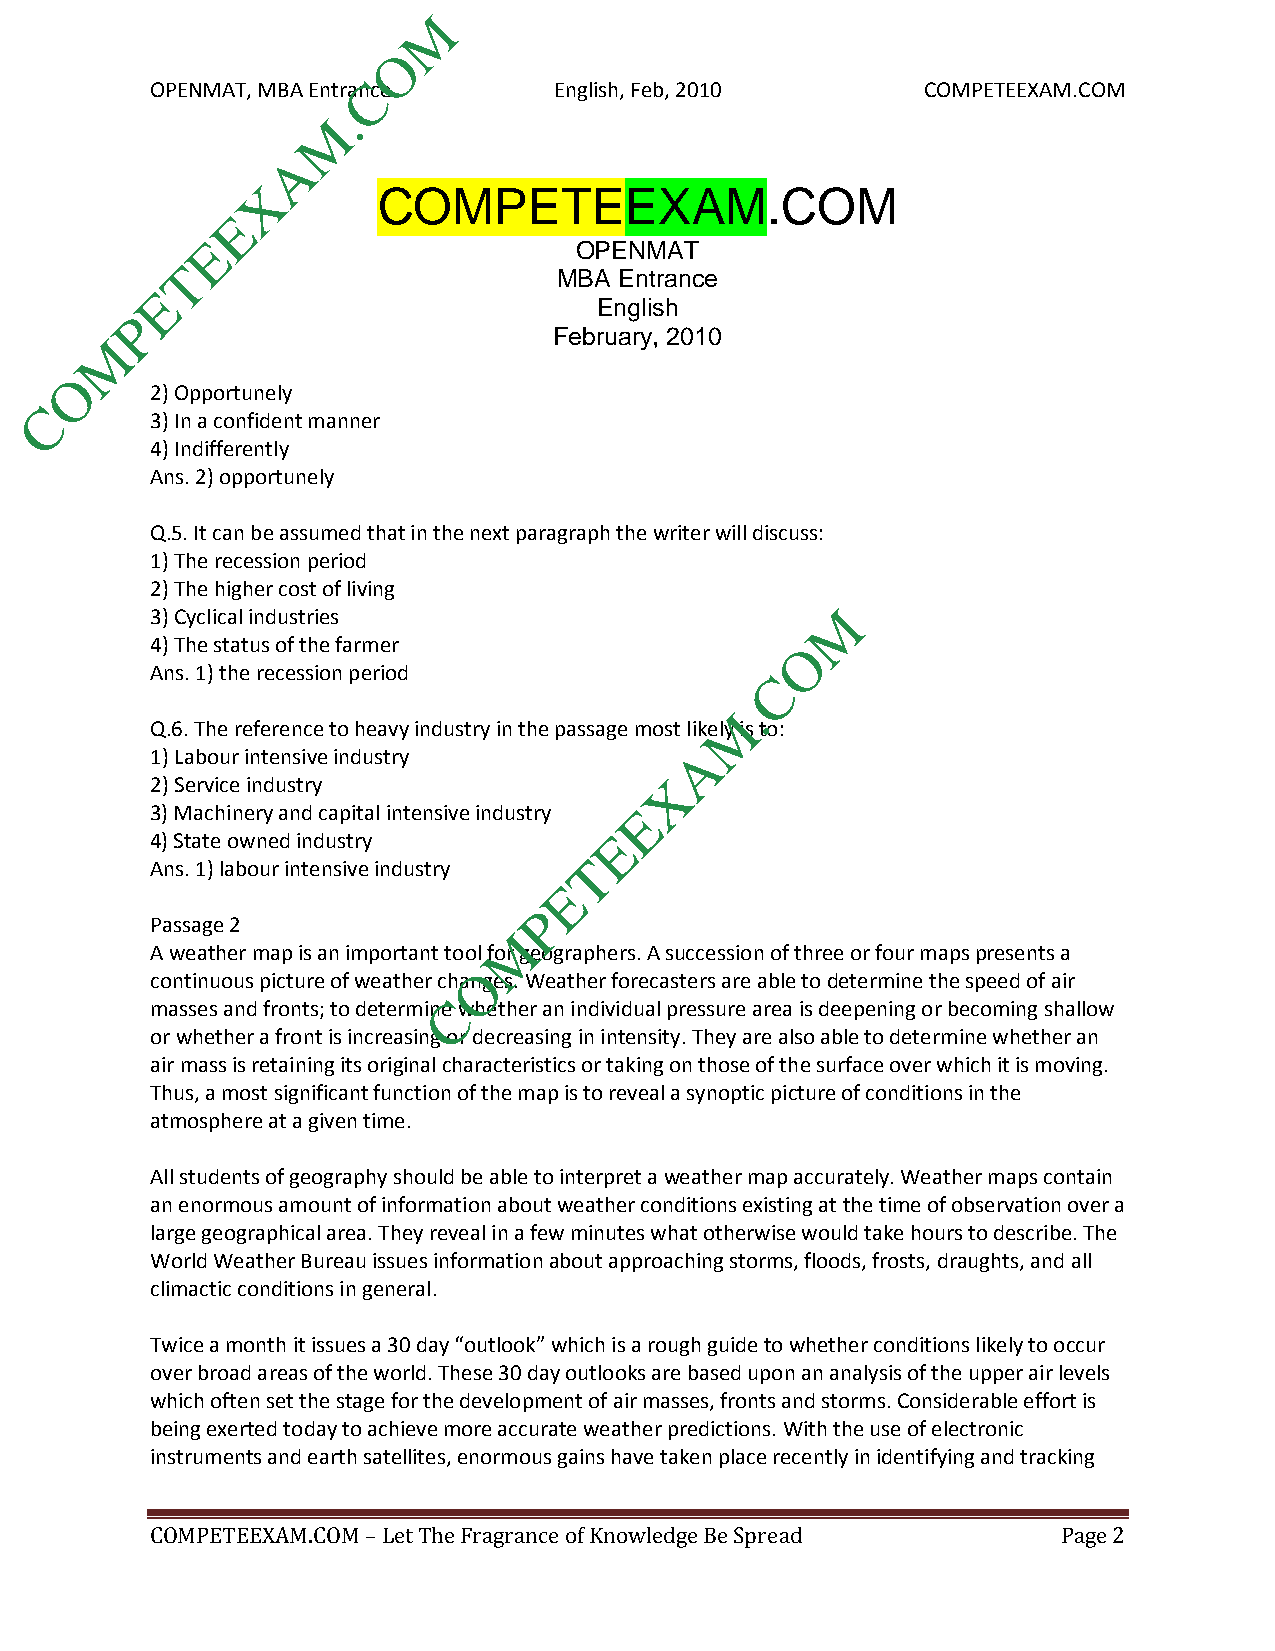
M
 O
 OPENMAT, MBA EntranCce     English, Feb, 2010      COMPETEEXAM.COM
 .
 M
 A
 X
 COMPETEEXAM.COM
 E
 E                        OPENMAT
 T
 MBA Entrance
 E
 English
 P
 M
 February, 2010
 O
 2) Opportunely
 C
 3) In a confident manner
 4) Indifferently
 Ans. 2) opportunely
 Q.5. It can be assumed that in the next paragraph the writer will discuss:
 1) The recession period
 2) The higher cost of living
 3) Cyclical industries                       M
 4) The status of the farmer                O
 Ans. 1) the recession period             C
 .
 M
 Q.6. The reference to heavy industry in the passage most likely is to:
 1) Labour intensive industry        A
 2) Service industry               X
 3) Machinery and capital intensive industry E
 4) State owned industry       E
 Ans. 1) labour intensive industry T
 E
 P
 Passage 2
 M
 A weather map is an important tool for geographers. A succession of three or four maps presents a
 O
 continuous picture of weather changes. Weather forecasters are able to determine the speed of air
 masses and fronts; to determineC whether an individual pressure area is deepening or becoming shallow
 or whether a front is increasing or decreasing in intensity. They are also able to determine whether an
 air mass is retaining its original characteristics or taking on those of the surface over which it is moving.
 Thus, a most significant function of the map is to reveal a synoptic picture of conditions in the
 atmosphere at a given time.
 All students of geography should be able to interpret a weather map accurately. Weather maps contain
 an enormous amount of information about weather conditions existing at the time of observation over a
 large geographical area. They reveal in a few minutes what otherwise would take hours to describe. The
 World Weather Bureau issues information about approaching storms, floods, frosts, draughts, and all
 climactic conditions in general.
 Twice a month it issues a 30 day “outlook” which is a rough guide to whether conditions likely to occur
 over broad areas of the world. These 30 day outlooks are based upon an analysis of the upper air levels
 which often set the stage for the development of air masses, fronts and storms. Considerable effort is
 being exerted today to achieve more accurate weather predictions. With the use of electronic
 instruments and earth satellites, enormous gains have taken place recently in identifying and tracking
 COMPETEEXAM.COM – Let The Fragrance of Knowledge Be Spread  Page 2